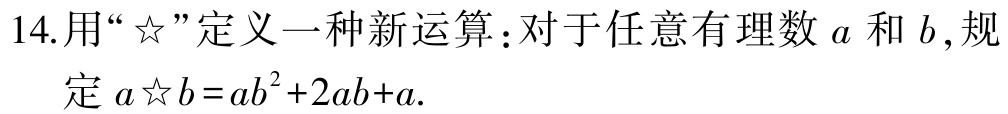
14.用“☆”定义一种新运算：对于任意有理数\(a\)和\(b\),规定\(a☆b = ab^{2}+2ab + a\).